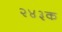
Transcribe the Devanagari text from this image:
२४३क